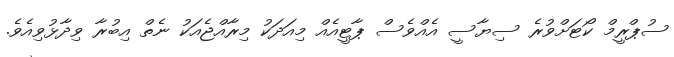
ސުޕްރީމް ކޯޓަށްވުރެ ސިޔާސީ އެއްވެސް ޕާޓީއެއް މިއަދަކު މިރާއްޖެއަކު ނެތް އިބުރާ ވިދާޅުވިއެވެ.